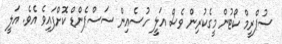
ސުޕްރީމް ކޯޓުން މީގެކުރިން ވެސް އަލީ ހުސެއިން ސަސްޕެންޑް ކޮށްފައިވެ އެވެ. އަލީ